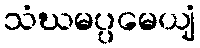
သံဃမပ္ပမေယျံ